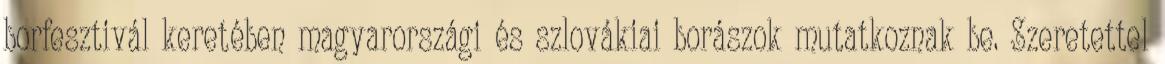
borfesztivál keretében magyarországi és szlovákiai borászok mutatkoznak be. Szeretettel